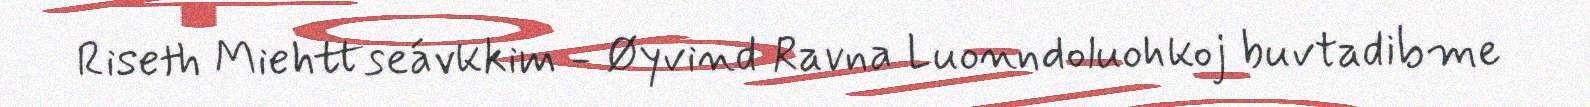
Riseth Miehttseávkkim - Øyvind Ravna Luonndoluohkoj buvtadibme